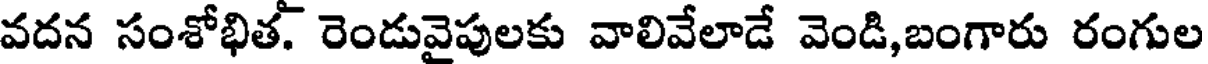
వదన సంశోభిత. రెండువైపులకు వాలివేలాడే వెండి,బంగారు రంగుల